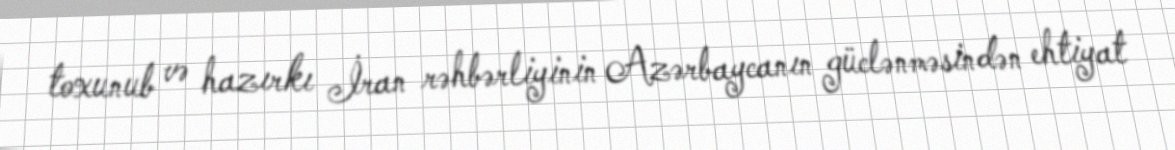
toxunub və hazırkı İran rəhbərliyinin Azərbaycanın güclənməsindən ehtiyat